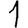
Digit: 1